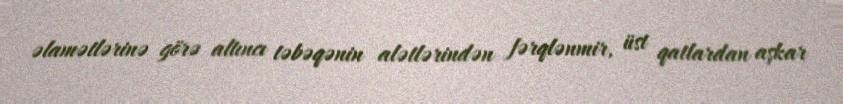
əlamətlərinə görə altıncı təbəqənin alətlərindən fərqlənmir, üst qatlardan aşkar